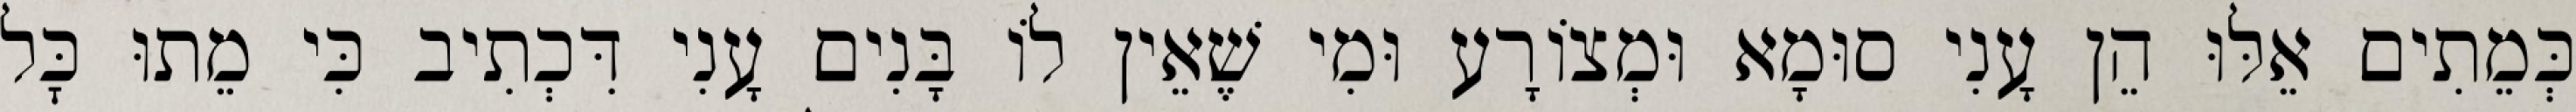
כְּמֵתִים אֵלּוּ הֵן עָנִי סוּמָא וּמְצוֹרָע וּמִי שֶׁאֵין לוֹ בָּנִים עָנִי דִּכְתִיב כִּי מֵתוּ כׇּל